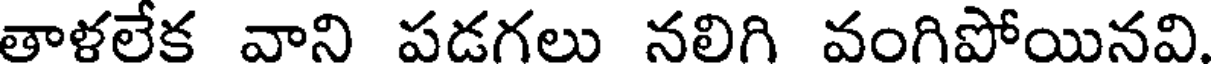
తాళలేక వాని పడగలు నలిగి వంగిపోయినవి